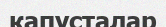
капусталар